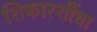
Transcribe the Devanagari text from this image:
शिफारशींचा